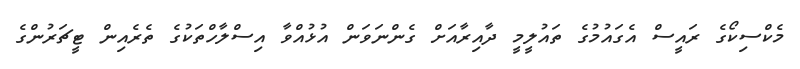
މެކްސިކޯގެ ރައީސް އެގައުމުގެ ތައުލީމީ ދާއިރާއަށް ގެންނަވަން އުޅުއްވާ އިސްލާހްތަކުގެ ތެރެއިން ޓީޗަރުންގެ